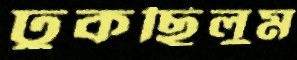
ঢুকছিলুম